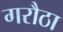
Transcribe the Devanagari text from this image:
गरौठा